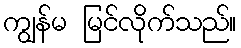
ကျွန်မ မြင်လိုက်သည်။